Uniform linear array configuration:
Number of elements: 4
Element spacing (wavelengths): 0.25
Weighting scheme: exponential
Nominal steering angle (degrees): -15
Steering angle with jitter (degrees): -14.091
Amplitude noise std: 0.05
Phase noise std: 0.05

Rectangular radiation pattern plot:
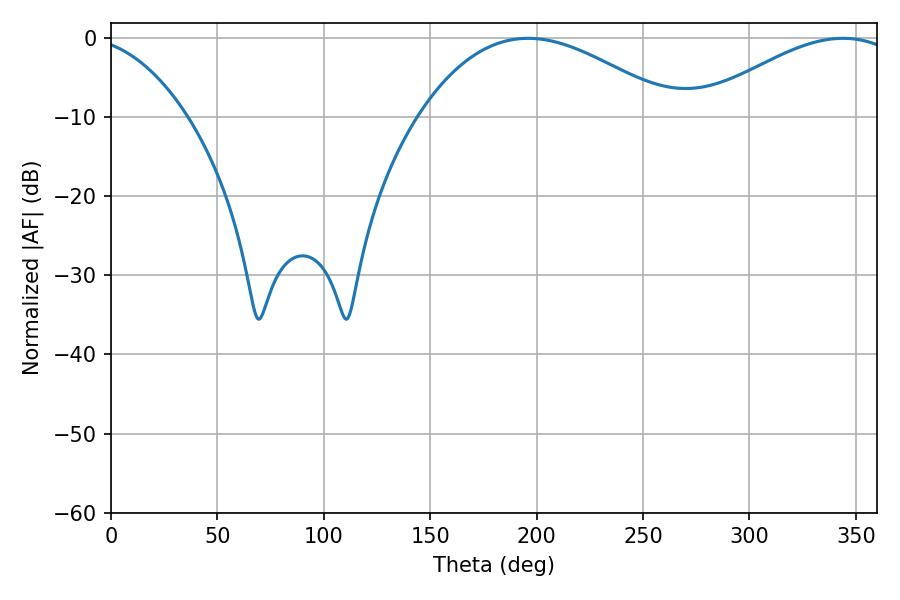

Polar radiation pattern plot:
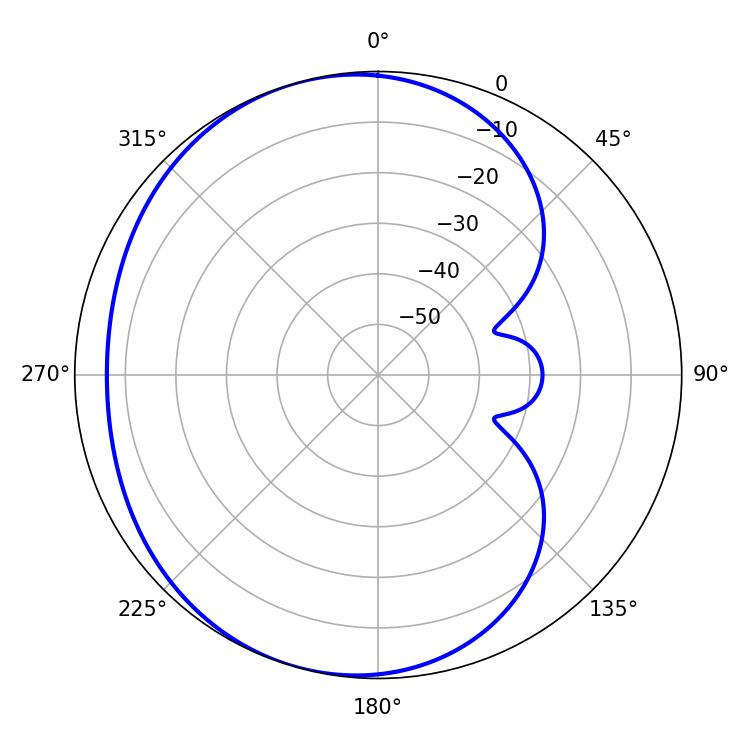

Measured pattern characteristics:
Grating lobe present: FALSE
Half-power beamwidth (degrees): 65.88
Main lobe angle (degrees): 196.02